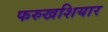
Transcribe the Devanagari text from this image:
फरुखशियार